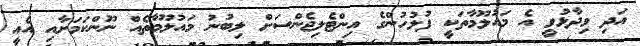
އަދި ވިދާޅުވީ އެ މައުލޫމާތަކީ ފުލުހުންގެ އިންޓެލިޖެންސަށް ލިބުނު މައުލޫމާތެއް ނޫންކަމަށާއި އެއީ